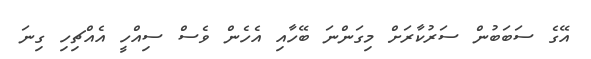
އޭގެ ސަބަބުން ސަރުކާރަށް މިގަންނަ ބޭހާއި އެހެން ވެސް ސިއްހީ އެއްޗިހި ގިނަ